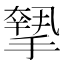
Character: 𢴷